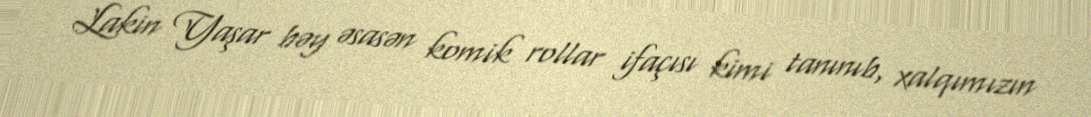
Lakin Yaşar bəy əsasən komik rollar ifaçısı kimi tanınıb, xalqımızın